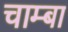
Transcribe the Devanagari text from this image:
चाम्बा